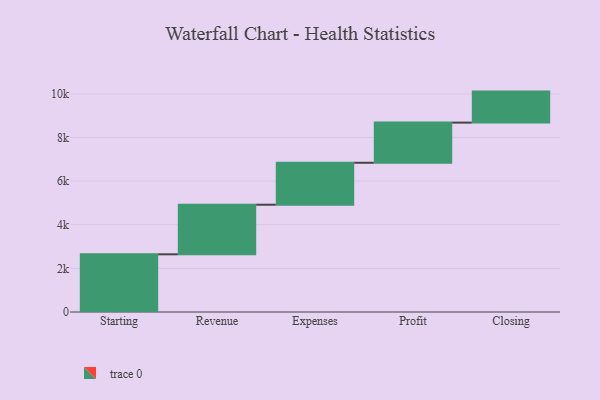
{"axis": {"x": "Step", "y": "Value"}, "legend": [""], "data": [{"x": "Starting", "y": 2644.0, "type": ""}, {"x": "Revenue", "y": 2273.0, "type": ""}, {"x": "Expenses", "y": 1923.0, "type": ""}, {"x": "Profit", "y": 1840.0, "type": ""}, {"x": "Closing", "y": 1422.0, "type": ""}]}